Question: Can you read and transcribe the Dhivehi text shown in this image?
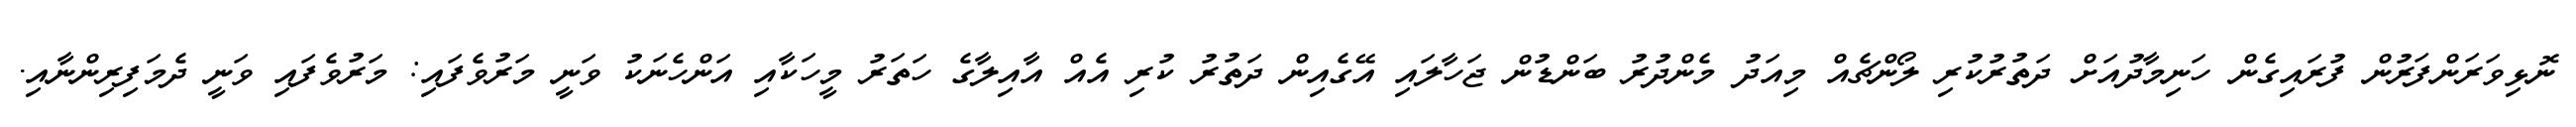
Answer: ނޮޅިވަރަންފަރުން ފުރައިގެން ހަނިމާދުއަށް ދަތުރުކުރި ލޯންޗެއް މިއަދު މެންދުރު ބަންޑުން ޖަހާލައި އޭގެއިން ދަތުރު ކުރި އެއް އާއިލާގެ ހަތަރު މީހަކާއި އަންހެނަކު ވަނީ މަރުވެފައި: މަރުވެފައި ވަނީ ދެމަފިރިންނާއި.